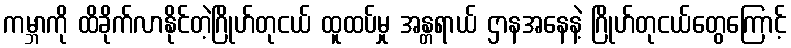
ကမ္ဘာကို ထိခိုက်လာနိုင်တဲ့ဂြိုဟ်တုငယ် ထူထပ်မှု အန္တရာယ် ဌာနအနေနဲ့ ဂြိုဟ်တုငယ်တွေကြောင့်